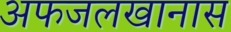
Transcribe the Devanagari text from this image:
अफजलखानास